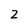
Character: 2